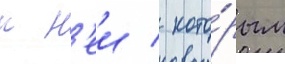
к н'еи / кото́рым